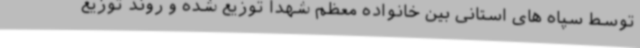
توسط سپاه های استانی بین خانواده معظم شهدا توزیع شده و روند توزیع